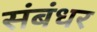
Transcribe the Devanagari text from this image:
संबंधर